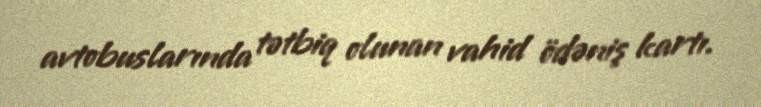
avtobuslarında tətbiq olunan vahid ödəniş kartı.